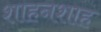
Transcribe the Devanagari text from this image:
शाहनशाह